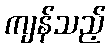
ကျန်သည့်